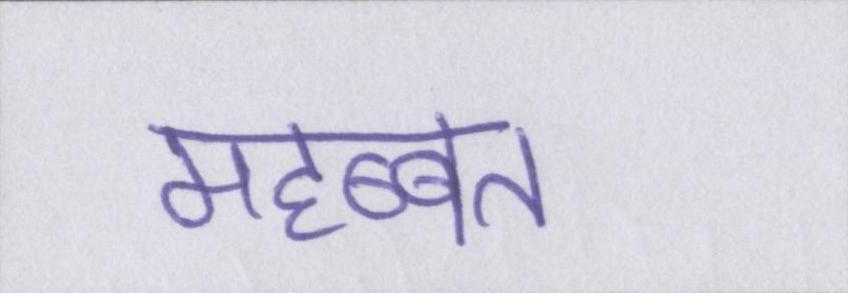
महब्बत